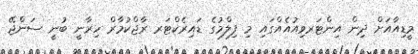
މީޑިއާއަށް ދިން އިންޓަރވިއުއެއްގައި މި ފިލްމުގެ ޑައިރެކްޓަރ ރާޖްކުމާރް ހިރާނީ ބުނީ ސަންޖޭ